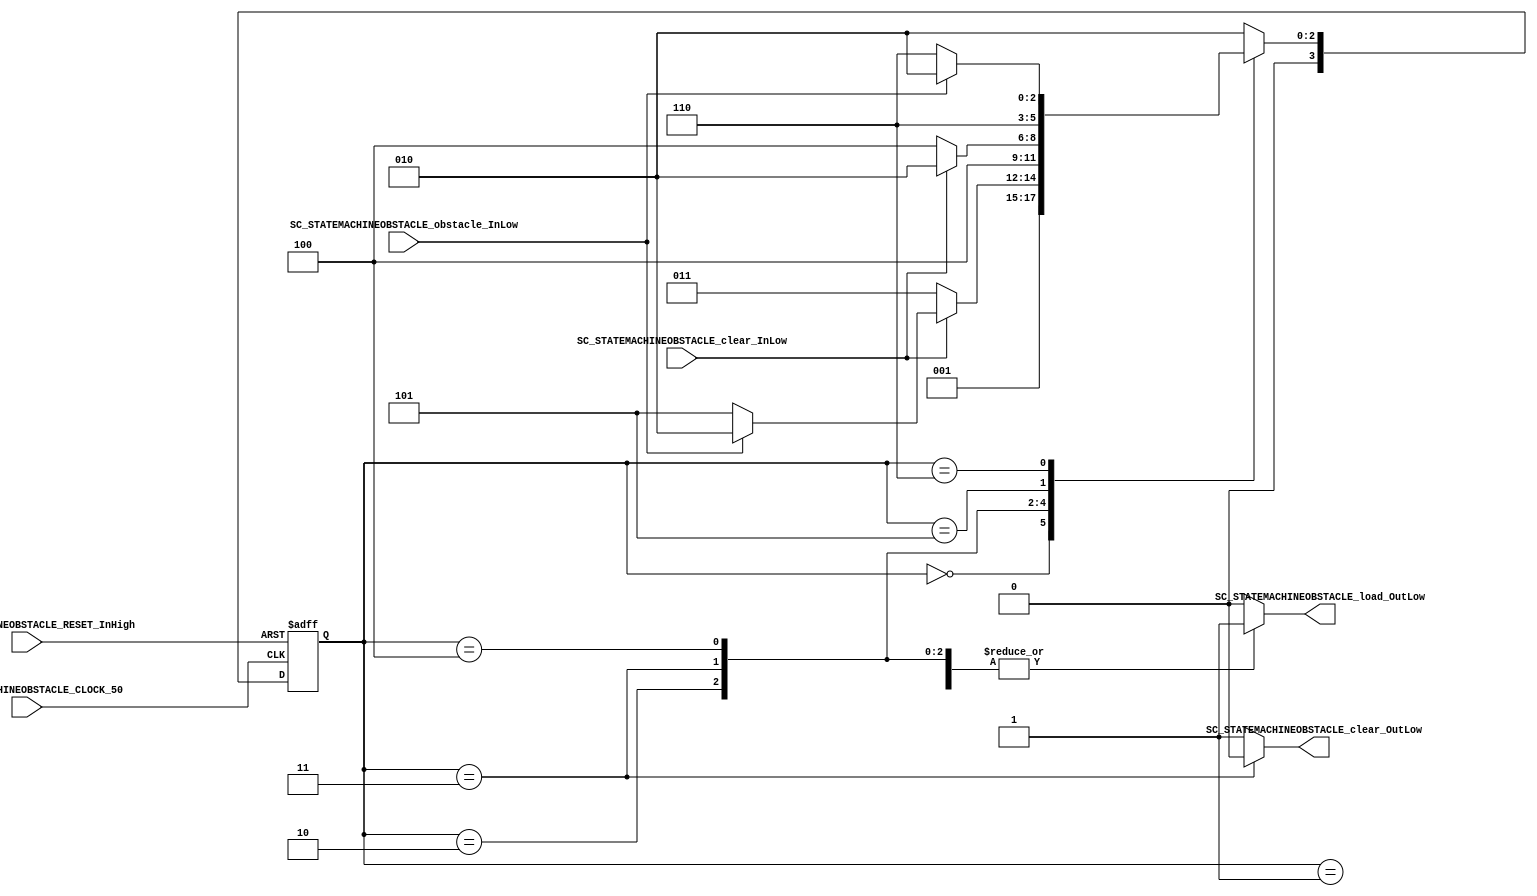
///*######################################################################
//#	G0B1T: HDL EXAMPLES. 2018.
//######################################################################
//# Copyright (C) 2018. F.E.Segura-Quijano (FES) fsegura@uniandes.edu.co
//# 
//# This program is free software: you can redistribute it and/or modify
//# it under the terms of the GNU General Public License as published by
//# the Free Software Foundation, version 3 of the License.
//#
//# This program is distributed in the hope that it will be useful,
//# but WITHOUT ANY WARRANTY; without even the implied warranty of
//# MERCHANTABILITY or FITNESS FOR A PARTICULAR PURPOSE.  See the
//# GNU General Public License for more details.
//#
//# You should have received a copy of the GNU General Public License
//# along with this program.  If not, see <http://www.gnu.org/licenses/>
//####################################################################*/
//=======================================================
//  MODULE Definition
//=======================================================
module SC_STATEMACHINEOBSTACLE (
	//////////// OUTPUTS //////////
	SC_STATEMACHINEOBSTACLE_clear_OutLow,
	SC_STATEMACHINEOBSTACLE_load_OutLow,
	//////////// INPUTS //////////
	SC_STATEMACHINEOBSTACLE_CLOCK_50,
	SC_STATEMACHINEOBSTACLE_RESET_InHigh,
	SC_STATEMACHINEOBSTACLE_clear_InLow,
	SC_STATEMACHINEOBSTACLE_obstacle_InLow
);	
//=======================================================
//  PARAMETER declarations
//=======================================================
// states declaration
localparam STATE_RESET_0									= 0;
localparam STATE_START_0									= 1;
localparam STATE_CHECK_0									= 2;
localparam STATE_CLEAR_0									= 3;
localparam STATE_CLEAR_1									= 4;
localparam STATE_LOAD_0										= 5; 
localparam STATE_LOAD_1										= 6; 
//=======================================================
//  PORT declarations
//=======================================================
output reg		SC_STATEMACHINEOBSTACLE_clear_OutLow;
output reg		SC_STATEMACHINEOBSTACLE_load_OutLow;
input			SC_STATEMACHINEOBSTACLE_CLOCK_50;
input 			SC_STATEMACHINEOBSTACLE_RESET_InHigh;
input			SC_STATEMACHINEOBSTACLE_clear_InLow;
input			SC_STATEMACHINEOBSTACLE_obstacle_InLow;
//=======================================================
//  REG/WIRE declarations
//=======================================================
reg [3:0] STATE_Register;
reg [3:0] STATE_Signal;
//=======================================================
//  Structural coding
//=======================================================
//INPUT LOGIC: COMBINATIONAL
// NEXT STATE LOGIC : COMBINATIONAL
always @(*)
begin
	case (STATE_Register)
		STATE_RESET_0: STATE_Signal = STATE_START_0;
		STATE_START_0: STATE_Signal = STATE_CHECK_0;
		STATE_CHECK_0: if (SC_STATEMACHINEOBSTACLE_clear_InLow == 1'b0) STATE_Signal = STATE_CLEAR_0;
							else 	if (SC_STATEMACHINEOBSTACLE_obstacle_InLow == 1'b0) STATE_Signal = STATE_LOAD_0;
							else STATE_Signal = STATE_CHECK_0;
		STATE_CLEAR_0: STATE_Signal = STATE_CLEAR_1;
		STATE_CLEAR_1: if (SC_STATEMACHINEOBSTACLE_clear_InLow == 1'b0) STATE_Signal = STATE_CLEAR_1;
							else STATE_Signal = STATE_CHECK_0;
		STATE_LOAD_0: 	STATE_Signal = STATE_LOAD_1;
		STATE_LOAD_1: 	if (SC_STATEMACHINEOBSTACLE_obstacle_InLow == 1'b0) STATE_Signal = STATE_LOAD_1;
							else STATE_Signal = STATE_CHECK_0;		
		default : 		STATE_Signal = STATE_CHECK_0;
	endcase
end
// STATE REGISTER : SEQUENTIAL
always @ ( posedge SC_STATEMACHINEOBSTACLE_CLOCK_50 , posedge SC_STATEMACHINEOBSTACLE_RESET_InHigh)
begin
	if (SC_STATEMACHINEOBSTACLE_RESET_InHigh == 1'b1)
		STATE_Register <= STATE_RESET_0;
	else
		STATE_Register <= STATE_Signal;
end
//=======================================================
//  Outputs
//=======================================================
// OUTPUT LOGIC : COMBINATIONAL
always @ (*)
begin
	case (STATE_Register)
//=========================================================
// STATE_RESET
//=========================================================
	STATE_RESET_0 :	
		begin
			SC_STATEMACHINEOBSTACLE_clear_OutLow = 1'b1;
			SC_STATEMACHINEOBSTACLE_load_OutLow = 1'b1;
		end
//=========================================================
// STATE_START
//=========================================================
	STATE_START_0 :	
		begin
			SC_STATEMACHINEOBSTACLE_clear_OutLow = 1'b1;
			SC_STATEMACHINEOBSTACLE_load_OutLow = 1'b1;
		end
//=========================================================
// STATE_CHECK
//=========================================================
	STATE_CHECK_0 :
		begin
			SC_STATEMACHINEOBSTACLE_clear_OutLow = 1'b1;
			SC_STATEMACHINEOBSTACLE_load_OutLow = 1'b1;
		end
//=========================================================
// STATE_CLEAR_0
//=========================================================
	STATE_CLEAR_0 :	
		begin
			SC_STATEMACHINEOBSTACLE_clear_OutLow = 1'b0;  //-
			SC_STATEMACHINEOBSTACLE_load_OutLow = 1'b1;
		end
//=========================================================
// STATE_CLEAR_1
//=========================================================
	STATE_CLEAR_1 :	
		begin
			SC_STATEMACHINEOBSTACLE_clear_OutLow = 1'b1;
			SC_STATEMACHINEOBSTACLE_load_OutLow = 1'b1;
		end
//=========================================================
// STATE_LOAD_0
//=========================================================
	STATE_LOAD_0 :
		begin
			SC_STATEMACHINEOBSTACLE_clear_OutLow = 1'b1;
			SC_STATEMACHINEOBSTACLE_load_OutLow = 1'b0; //-  
		end
//=========================================================
// STATE_LOAD_1
//=========================================================
	STATE_LOAD_1 :
		begin
			SC_STATEMACHINEOBSTACLE_clear_OutLow = 1'b1;
			SC_STATEMACHINEOBSTACLE_load_OutLow = 1'b0; 
		end
//=========================================================
// DEFAULT
//=========================================================
	default :
		begin
			SC_STATEMACHINEOBSTACLE_clear_OutLow = 1'b1;
			SC_STATEMACHINEOBSTACLE_load_OutLow = 1'b0; 
		end
	endcase
end
endmodule